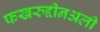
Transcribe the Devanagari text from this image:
फखरुद्दीनअली